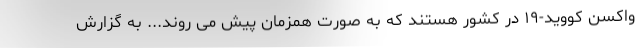
واکسن کووید-۱۹ در کشور هستند که به صورت همزمان پیش می روند... به گزارش